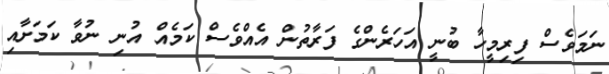
ނަމަވެސް ފިރިމީހާ ބުނީ އަހަރެންގެ ފަރާތުން އެއްވެސް ކަމެއް އުނި ނުވާ ކަމަށާއި